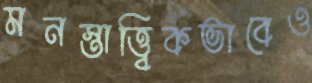
মনস্তাত্ত্বিকভাবেও